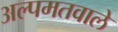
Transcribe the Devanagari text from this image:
अल्पमतवाले